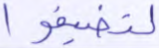
لتضيقوا